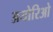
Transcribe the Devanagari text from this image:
अयोरिओ